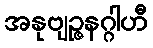
အနုဗျဉ္ဇနဂ္ဂါဟီ